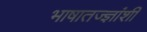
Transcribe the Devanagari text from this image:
भाषातज्ज्ञांशी